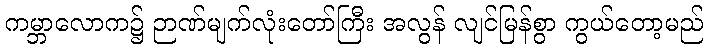
ကမ္ဘာလောက၌ ဉာဏ်မျက်လုံးတော်ကြီး အလွန် လျင်မြန်စွာ ကွယ်တော့မည်